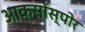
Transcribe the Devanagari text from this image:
आक्सोंस्पोर